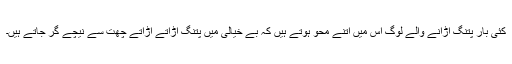
کئی بار پتنگ اڑانے والے لوگ اس میں اتنے محو ہوتے ہیں کہ بے خیالی میں پتنگ اڑاتے اڑاتے چھت سے نیچے گر جاتے ہیں۔